Medical and sanitary report of the native army of Madras for the year
Year: 1878
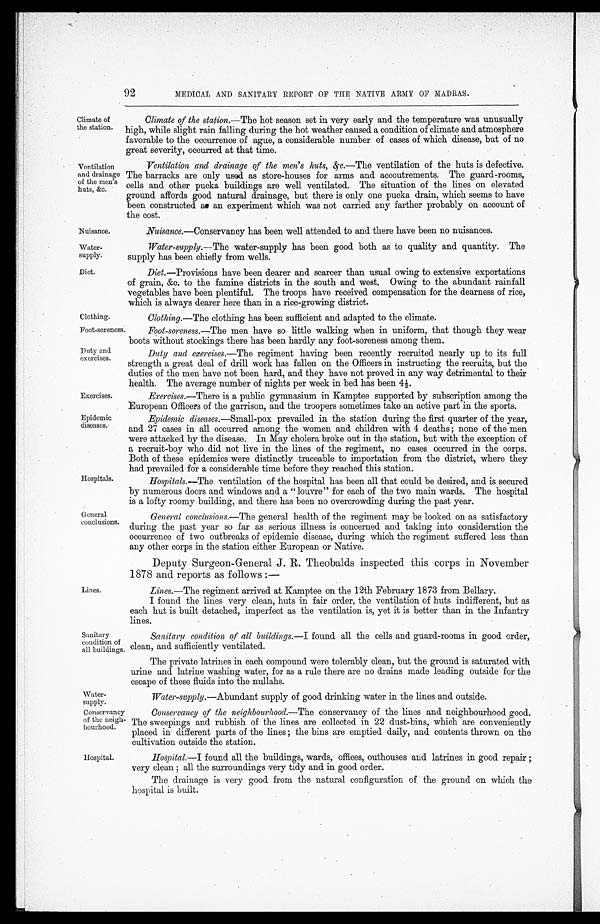
Nuisance.
Water
-supply.
Diet.
Foot-soreness.
Duty and
exercises.
Exercises.
Epidemic
diseases.
Water
-supply.
Conservancy
of the neigh
-bourhood.
92
MEDICAL AND SANITARY REPORT OF THE NATIVE ARMY OF MADRAS.
Climate of
the station.
Ventilation
and drainage
of the men's
huts, &c.
Clothing.
Climate of the station.— The hot season set in very early and the temperature was unusually
high, while slight rain falling during the hot weather caused a condition of climate and atmosphere
favorable to the occurrence of ague, a considerable number of cases of which disease, but of no
great severity, occurred at that time.
Ventilation and drainage of the men's huts, &c .—The ventilation of the huts is defective.
The barracks are only used as store-houses for arms and accoutrements. The guard-rooms,
cells and other pucka buildings are well ventilated. The situation of the lines on elevated
ground affords good natural drainage, but there is only one pucka drain, which seems to have
been constructed a an experiment which was not carried any farther probably on account of
t h e c o s t .
Nuisance.— Conservancy has been well attended to and there have been no nuisances.
Water-supply.— The water-supply has been good both as to quality and quantity. The
supply has been chiefly from wells.
Diet .—Provisions have been dearer and scarcer than usual owing to extensive exportations
of grain, &c. to the famine districts in the south and west. Owing to the abundant rainfall
vegetables have been plentiful. The troops have received compensation for the dearness of rice,
which is always dearer here than in a rice-growing district.
Clothing.— The clothing has been sufficient and adapted to the climate.
Hospitals.
General
conclusions.
Lines.
Sanitary
condition of
all buildings.
Foot-soreness.— The men have so little walking when in uniform, that though they wear
boots without stockings there has been hardly any foot-soreness among them.
Duty and exercises.— The regiment having been recently recruited nearly up to its full
strength a great deal of drill work has fallen on the Officers in instructing the recruits, but the
duties of the men have not been hard, and they have not proved in any way detrimental to their
health. The average number of nights per week in bed has been 4½.
Exercises.— There is a public gymnasium in Kamptee supported by subscription among the
European Officers of the garrison, and the troopers sometimes take an active part in the sports.
Epidemic diseases.— Small-pox prevailed in the station during the first quarter of the year,
and 27 cases in all occurred among the women and children with 4 deaths; none of the men
were attacked by the disease. In May cholera broke out in the station, but with the exception of
a recruit-boy who did not live in the lines of the regiment, no cases occurred in the corps.
Both of these epidemics were distinctly traceable to importation from the district, where they
had Prevailed for a considerable time before they reached this station.
Hospitals.—T h ev
e n t i l a t i o n o f t h e h o s p i t a l h a s b e e n a l l t h a t c o u l d b e d e s i r e d , a n d i s s e c u r e d
by numerous doors and windows and a "louvre" for each of the two main wards. The hospital
is a lofty roomy building, and there has been no overcrowding during the past year.
General conclusions.— The general health of the regiment may be looked on as satisfactory
during the past year so far as serious illness is concerned and taking into consideration the
occurrence of two outbreaks of epidemic disease, during which the regiment suffered less than
any other corps in the station either European or Native.
Deputy Surgeon-General J. R. Theobalds inspected this corps in November
1878 and reports as follows :—
Lines.— The regiment arrived at Kamptee on the 12th February 1873 from Bellary.
I found the lines very clean, huts in fair order, the ventilation of huts indifferent, but as
each hut is built detached, imperfect as the ventilation is, yet it is better than in the Infantry
lines.
Sanitary condition of all buildings.— I found all the cells and guard-rooms in good order,
clean, and sufficiently ventilated.
The private latrines in each compound were tolerably clean, but the ground is saturated with
urine and latrine washing water, for as a rule there are no drains made leading outside for the
escape of these fluids into the nullahs.
Water-supply—Abundant supply of good drinking water in the lines and outside.
Conservancy of the neighbourhood.— The conservancy of the lines and neighbourhood good.
The sweepings and rubbish of the lines are collected in 22 dust-bins, which are conveniently
placed in different parts of the lines ; the bins are emptied daily, and contents thrown on the
cultivation outside the station.
Hospital.
Hospital.— I found all the buildings, wards, offices, outhouses and latrines in good repair;
very clean; all the surroundings very tidy and in good order.
The drainage is very good from the natural configuration of, the ground on which the
hospital is built.